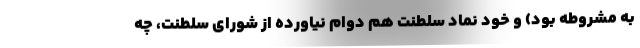
به مشروطه بود) و خود نماد سلطنت هم دوام نیاورده از شورای سلطنت، چه